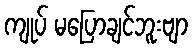
ကျုပ် မပြောချင်ဘူးဗျာ